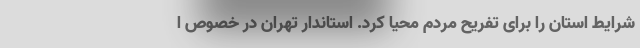
شرایط استان را برای تفریح مردم محیا کرد. استاندار تهران در خصوص ا